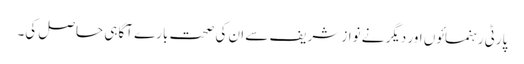
پارٹی رہنمائوں اور دیگر نے نواز شریف سے ان کی صحت بارے آگاہی حاصل کی۔